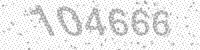
Solution: 104666